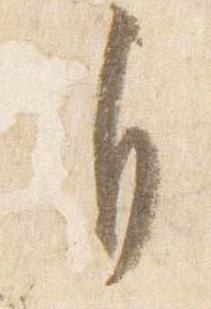
自